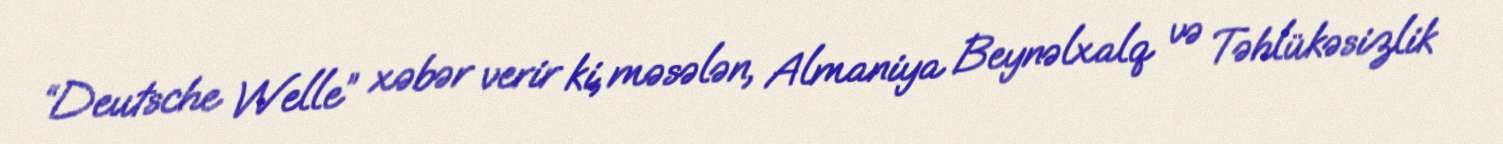
“Deutsche Welle” xəbər verir ki, məsələn, Almaniya Beynəlxalq və Təhlükəsizlik